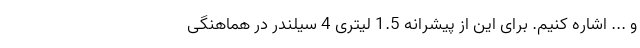
و ... اشاره کنیم. برای این از پیشرانه 1.5 لیتری 4 سیلندر در هماهنگی